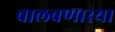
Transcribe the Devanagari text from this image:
चालवणारया